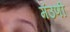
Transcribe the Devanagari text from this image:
मंउणी